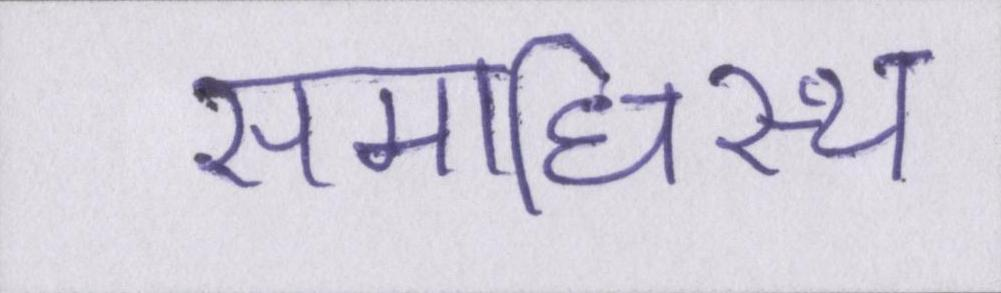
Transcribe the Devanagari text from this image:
समाधिस्थ